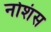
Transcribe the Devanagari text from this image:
नोशंस